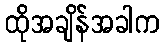
ထိုအချိန်အခါက